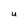
Character: u